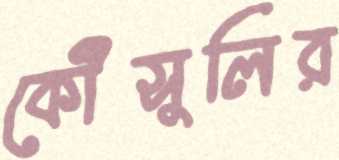
কৌঁসুলির